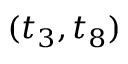
( t _ { 3 } , t _ { 8 } )